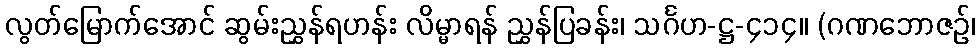
လွတ်မြောက်အောင် ဆွမ်းညွှန်ရဟန်း လိမ္မာရန် ညွှန်ပြခန်း၊ သင်္ဂဟ-ဋ္ဌ-၄၁၄။ (ဂဏဘောဇဉ်၊